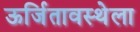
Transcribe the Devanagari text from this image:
ऊर्जितावस्थेला